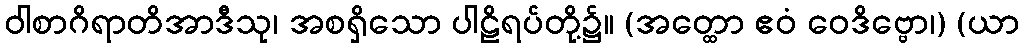
ဝါစာဂိရာတိအာဒီသု၊ အစရှိသော ပါဠိရပ်တို့၌။ (အတ္ထော ဧဝံ ဝေဒိဗ္ဗော၊) (ယာ